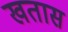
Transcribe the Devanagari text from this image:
खतास